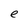
Character: e